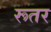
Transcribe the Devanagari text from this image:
रूतर